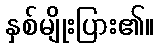
နှစ်မျိုးပြား၏။